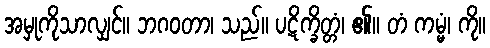
အမှုကိုသာလျှင်။ ဘဂဝတာ၊ သည်။ ပဋိက္ခိတ္တံ၊ ၏။ တံ ကမ္မံ၊ ကို။